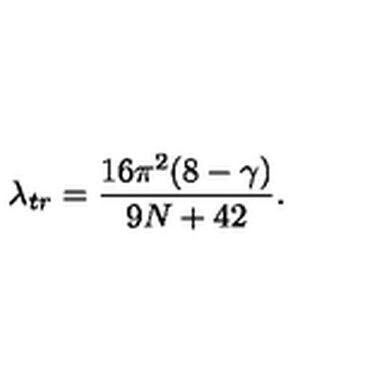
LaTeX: \lambda _ { t r } = \frac { 1 6 \pi ^ { 2 } ( 8 - \gamma ) } { 9 N + 4 2 } .